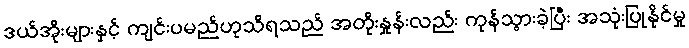
ဒယ်အိုးများနှင့် ကျင်းပမည်ဟုသိရသည် အတိုးနှုန်းလည်း ကုန်သွားခဲ့ပြီး အသုံးပြုနိုင်မှု